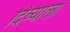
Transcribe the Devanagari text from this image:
दिव्याला